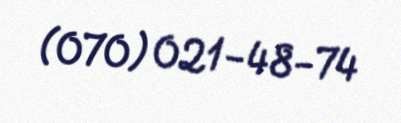
(070) 021-48-74